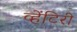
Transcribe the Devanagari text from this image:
व्हेंटिरी